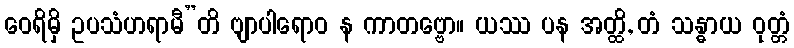
ဝေရိမှိ ဥပသံဟရာမီ”တိ ဗျာပါရောဝ န ကာတဗ္ဗော။ ယဿ ပန အတ္ထိ, တံ သန္ဓာယ ဝုတ္တံ